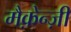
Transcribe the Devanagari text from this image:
मैक़ेन्ज़ी